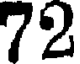
72